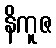
နိကူဇ